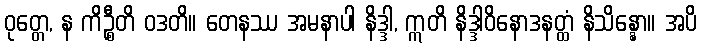
ဝုတ္တေ, န ကိဉ္စီတိ ဝဒတိ။ တေနဿ အမနာပါ နိဒ္ဒါ, ဣတိ နိဒ္ဒါဝိနောဒနတ္ထံ နိသိန္နော။ အပိ